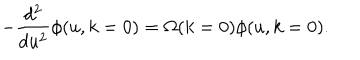
LaTeX: - \frac { d ^ { 2 } } { d u ^ { 2 } } \phi ( u , k = 0 ) = \Omega ( k = 0 ) \phi ( u , k = 0 ) .